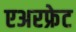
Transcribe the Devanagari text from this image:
एअरफ्रेट